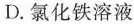
D.氯化铁溶液